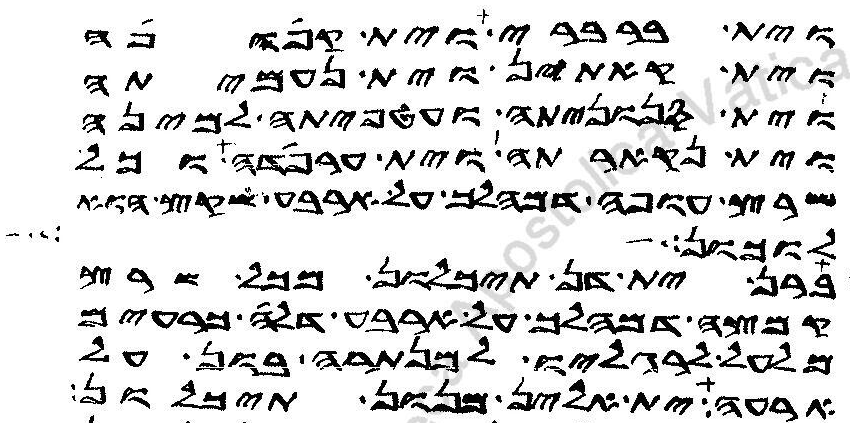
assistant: וית ברברי וית קפופה
וית קאתין וית נעמיתה
וית סנוניתה ועטפיתה למינה
וית נקארתה וית ערפדה כל
שרץ עופה דמהלך על ארבע שקץ הוא
לוכון ולקו
ברן ית דן תיכלון מכל שרץ
קמצה דמהלך על ארבע דלה כרעים
מלעל לרגליו למנתרה בון על
ארעה ית אלין מנון תיכלון